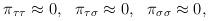
LaTeX: \begin{align*}\begin{array}{ccc}\pi _{\tau \tau }\approx 0, & \pi _{\tau \sigma }\approx 0, & \pi _{\sigma\sigma }\approx 0,\end{array}\end{align*}